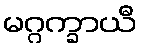
မဂ္ဂက္ခာယီ